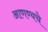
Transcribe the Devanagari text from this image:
आणण्यचे